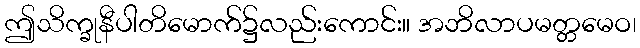
ဤသိက္ခုနီပါတိမောက်၌လည်းကောင်း။ အဘိလာပမတ္တမေဝ၊